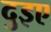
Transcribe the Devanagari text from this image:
दुइए